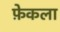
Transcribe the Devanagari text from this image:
फ़ेकला